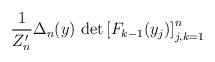
LaTeX: \begin{align*} \frac{1}{{Z}_n'} \Delta_n(y) \, \det \left[ F_{k-1}(y_j) \right]_{j,k=1}^n \end{align*}